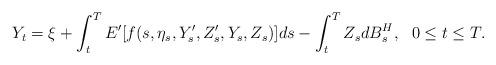
LaTeX: \begin{align*} Y_{t} = \xi + \int_t^T E'[f(s,\eta_{s},Y'_{s},Z'_{s},Y_{s},Z_{s})] ds - \int_t^T Z_{s} dB_{s}^{H}, \ \ 0\leq t\leq T.\end{align*}